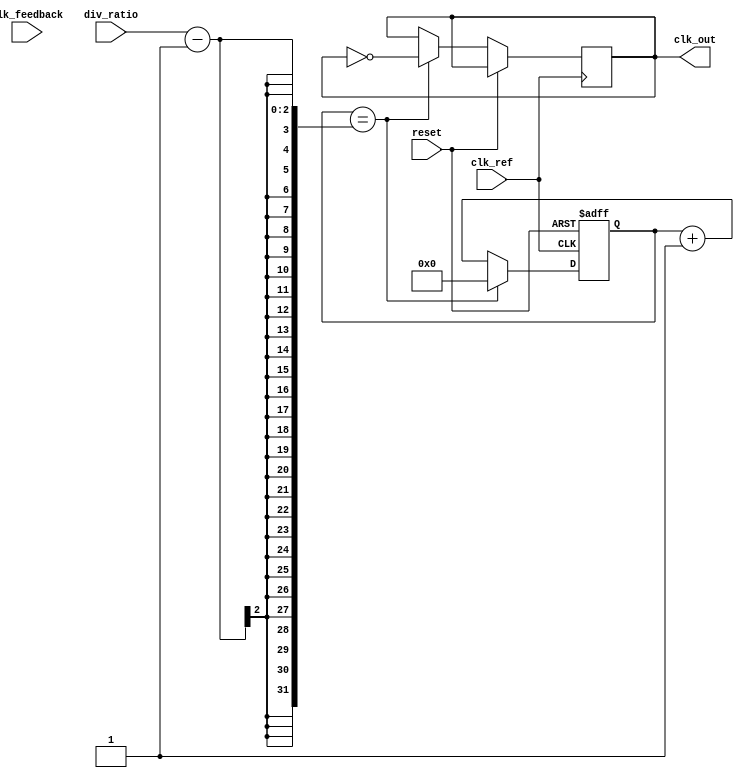
module CP_PLL (
    input wire clk_ref,        // Reference clock input
    input wire clk_feedback,   // Feedback clock input from VCO
    input wire reset,          // Asynchronous reset signal
    input wire [1:0] div_ratio,// Division ratio select for feedback
    output wire clk_out        // Output clock from VCO
);

// Phase Frequency Detector (PFD)
reg pfd_up, pfd_down;
reg prev_ref, prev_fb;

always @(posedge clk_ref or posedge reset) begin
    if (reset) begin
        pfd_up <= 0;
        pfd_down <= 0;
        prev_ref <= 0;
        prev_fb <= 0;
    end else begin
        // Detect UP condition
        pfd_up <= (prev_ref == 0 && clk_ref) && (prev_fb != clk_feedback);
        // Detect DOWN condition
        pfd_down <= (prev_fb == 0 && clk_feedback) && (prev_ref != clk_ref);
        prev_ref <= clk_ref;
        prev_fb <= clk_feedback;
    end
end

// Charge Pump
reg [7:0] charge_current;
reg [7:0] discharge_current;

always @(posedge clk_ref or posedge reset) begin
    if (reset) begin
        charge_current <= 8'd0;
        discharge_current <= 8'd0;
    end else begin
        if (pfd_up) begin
            charge_current <= charge_current + 8'd1; // Increment charge current
        end
        if (pfd_down) begin
            discharge_current <= discharge_current + 8'd1; // Increment discharge current
        end
    end
end

// Loop Filter (simplified)
reg [15:0] loop_filter_output;
always @(posedge clk_ref or posedge reset) begin
    if (reset) begin
        loop_filter_output <= 16'd0;
    end else begin
        loop_filter_output <= loop_filter_output + charge_current - discharge_current;
    end
end

// Voltage-Controlled Oscillator (VCO)
reg [15:0] vco_counter;
parameter VCO_MAX_FREQ = 16'hFFFF;

always @(posedge clk_ref or posedge reset) begin
    if (reset) begin
        vco_counter <= 16'd0;
    end else begin
        // Adjust VCO frequency based on loop filter output (simplified)
        vco_counter <= (vco_counter + loop_filter_output) % VCO_MAX_FREQ;
    end
end

// Frequency Divider (simplified)
reg [15:0] div_counter;
always @(posedge clk_ref or posedge reset) begin
    if (reset) begin
        div_counter <= 16'd0;
    end else begin
        // Divide VCO frequency based on the division ratio
        if (div_counter == div_ratio - 1) begin
            clk_out <= ~clk_out; // Toggle output clock
            div_counter <= 16'd0;
        end else begin
            div_counter <= div_counter + 1;
        end
    end
end

endmodule